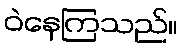
ဝဲနေကြသည်။